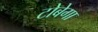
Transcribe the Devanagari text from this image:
टोबेगा